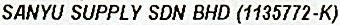
SANYU SUPPLY SDN BHD (1135772-K)